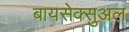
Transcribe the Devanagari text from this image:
बायसेक्सुअल